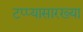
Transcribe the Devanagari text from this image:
टप्प्यासारख्या